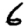
Digit: 6